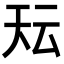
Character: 𭑇